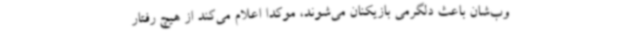
وب‌شان باعث دلگرمی بازیکنان می‌شوند، موکدا اعلام می‌کند از هیچ رفتار